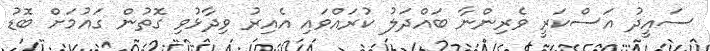
ސައީދު އަސްކަރީ ވެރިންނާ ބައްދަލު ކުރައްވައި އެއިރު ވިދާޅުވި ގޮތުން ގައުމަށް ބޮޑު